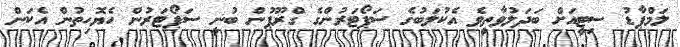
ލަމްޕާޑު ސިޓީއަށް ބަދަލުވާތީވެ އެކުލަބުގެ ސަޕޯޓަރުންގެ ގްރޫޕުން ބުނީ ސަޕޯޓަރުން ހެޔޮހިތުން އެކަން